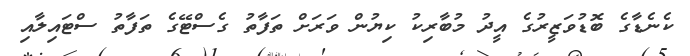
ކެނެޑާގެ ބޮޑުވަޒީރުގެ އީދު މުބާރިކު ކިޔުން ވަރަށް ތަފާތު ގެސްޓޭގެ ތަފާތު ސްޓައިލާއި